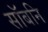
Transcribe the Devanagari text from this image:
सॉबनि